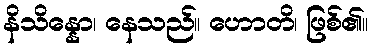
နိသိန္နော၊ နေသည်။ ဟောတိ၊ ဖြစ်၏။